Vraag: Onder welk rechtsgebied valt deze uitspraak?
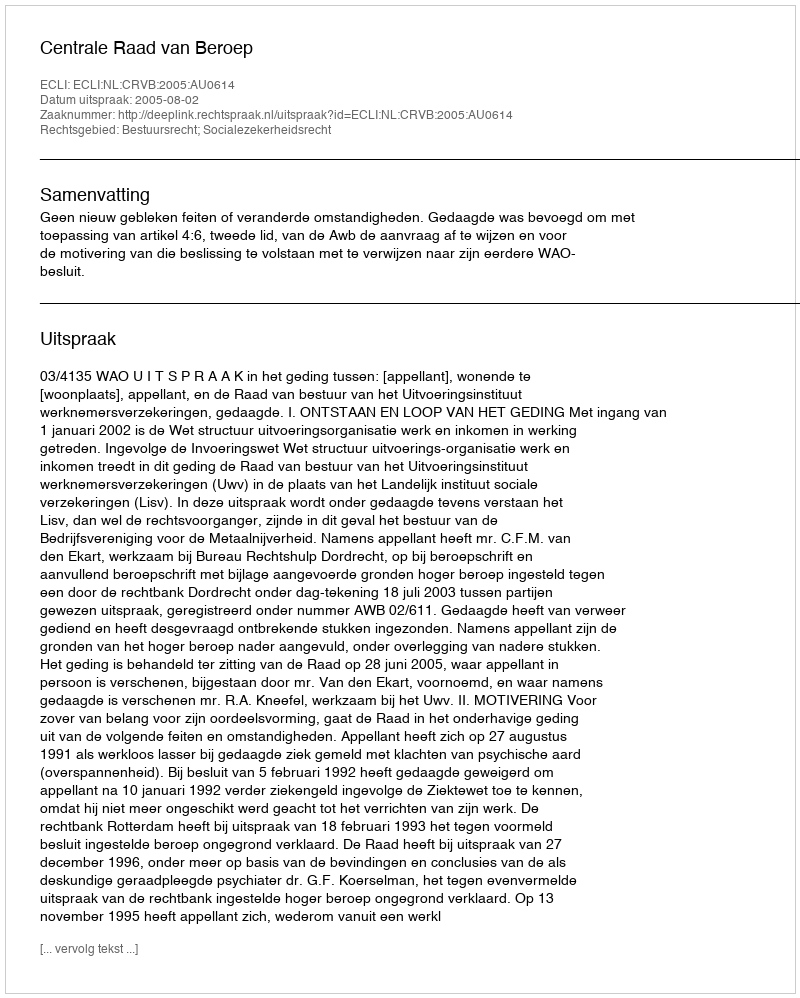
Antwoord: Bestuursrecht; Socialezekerheidsrecht